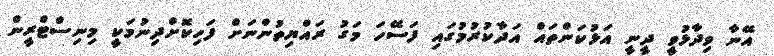
އޭނާ ވިދާޅުވީ ދީނީ އަޅުކަންތައް އަދާކުރުމުގައި ފަސޭހަ މަގު ރައްޔިތުންނަށް ފަހިކޮށްދިނުމަކީ މިނިސްޓްރީން